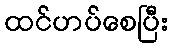
ထင်ဟပ်စေပြီး